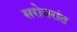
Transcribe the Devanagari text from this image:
सरोवरांत